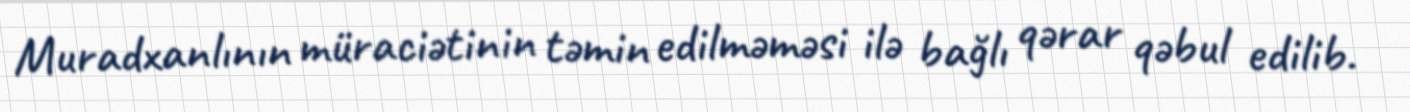
Muradxanlının müraciətinin təmin edilməməsi ilə bağlı qərar qəbul edilib.